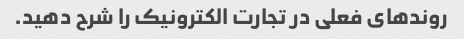
روندهای فعلی در تجارت الکترونیک را شرح دهید.